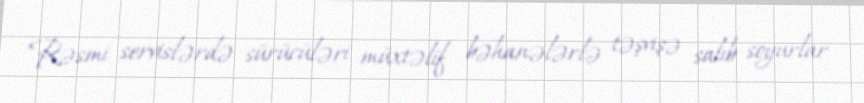
Rəsmi servislərdə sürücüləri müxtəlif bəhanələrlə təşvişə salıb soyurlar